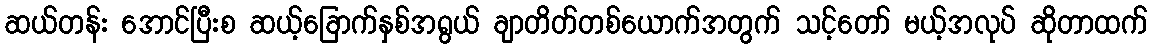
ဆယ်တန်း အောင်ပြီးစ ဆယ့်ခြောက်နှစ်အရွယ် ချာတိတ်တစ်ယောက်အတွက် သင့်တော် မယ့်အလုပ် ဆိုတာထက်